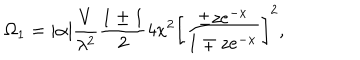
\Omega _ { 1 } = | \alpha | { \frac { V } { \lambda ^ { 2 } } } { \frac { 1 \pm 1 } { 2 } } 4 x ^ { 2 } \left[ { \frac { \pm z e ^ { - x } } { 1 \mp z e ^ { - x } } } \right] ^ { 2 } ,